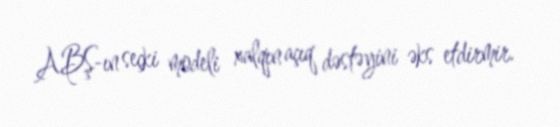
ABŞ-ın seçki modeli xalqın açıq dəstəyini əks etdirmir.